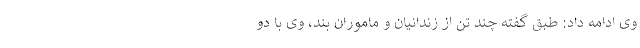
وی ادامه داد: طبق گفته چند تن از زندانیان و ماموران بند، وی با دو